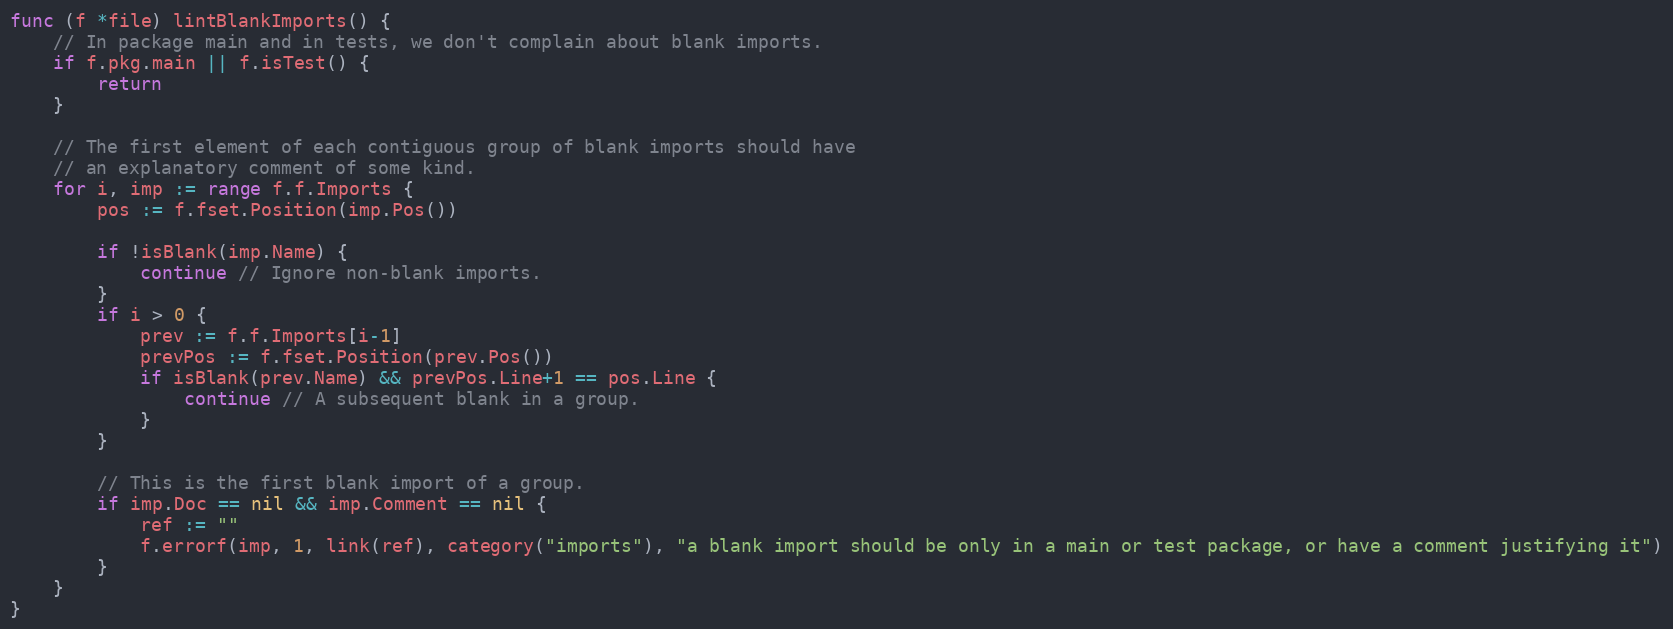
Language: Go
func (f *file) lintBlankImports() {
	// In package main and in tests, we don't complain about blank imports.
	if f.pkg.main || f.isTest() {
		return
	}

	// The first element of each contiguous group of blank imports should have
	// an explanatory comment of some kind.
	for i, imp := range f.f.Imports {
		pos := f.fset.Position(imp.Pos())

		if !isBlank(imp.Name) {
			continue // Ignore non-blank imports.
		}
		if i > 0 {
			prev := f.f.Imports[i-1]
			prevPos := f.fset.Position(prev.Pos())
			if isBlank(prev.Name) && prevPos.Line+1 == pos.Line {
				continue // A subsequent blank in a group.
			}
		}

		// This is the first blank import of a group.
		if imp.Doc == nil && imp.Comment == nil {
			ref := ""
			f.errorf(imp, 1, link(ref), category("imports"), "a blank import should be only in a main or test package, or have a comment justifying it")
		}
	}
}